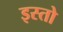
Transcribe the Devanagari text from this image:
इस्तो